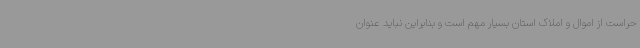
حراست از اموال و املاک استان بسیار مهم است و بنابراین نباید عنوان